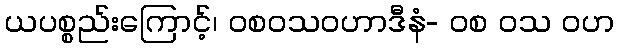
ယပစ္စည်းကြောင့်၊ ဝစဝသဝဟာဒီနံ- ဝစ ဝသ ဝဟ